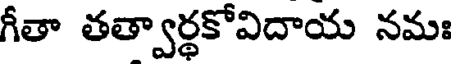
గీతా తత్వార్థకోవిదాయ నమః